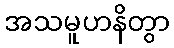
အသမူဟနိတွာ